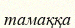
тамаққа